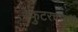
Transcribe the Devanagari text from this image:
स्फुटरचनाही